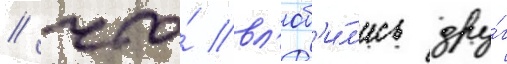
/ что́ вл'юб'и́л'ись дру́г